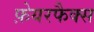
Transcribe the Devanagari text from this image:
फ़ेयरफैक्स